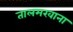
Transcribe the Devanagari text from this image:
तालमखाना